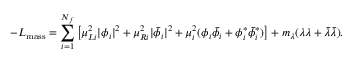
- { \cal L } _ { \mathrm { m a s s } } = \sum _ { i = 1 } ^ { N _ { f } } { \big [ } \mu _ { L i } ^ { 2 } | \phi _ { i } | ^ { 2 } + \mu _ { R i } ^ { 2 } | { \bar { \phi } } _ { i } | ^ { 2 } + \mu _ { i } ^ { 2 } ( \phi _ { i } { \bar { \phi } } _ { i } + \phi _ { i } ^ { \ast } { \bar { \phi } } _ { i } ^ { \ast } ) { \big ] } + m _ { \lambda } ( \lambda \lambda + \bar { \lambda } \bar { \lambda } ) .